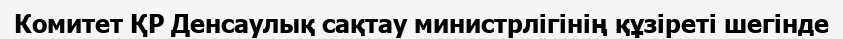
Комитет ҚР Денсаулық сақтау министрлігінің құзіреті шегінде